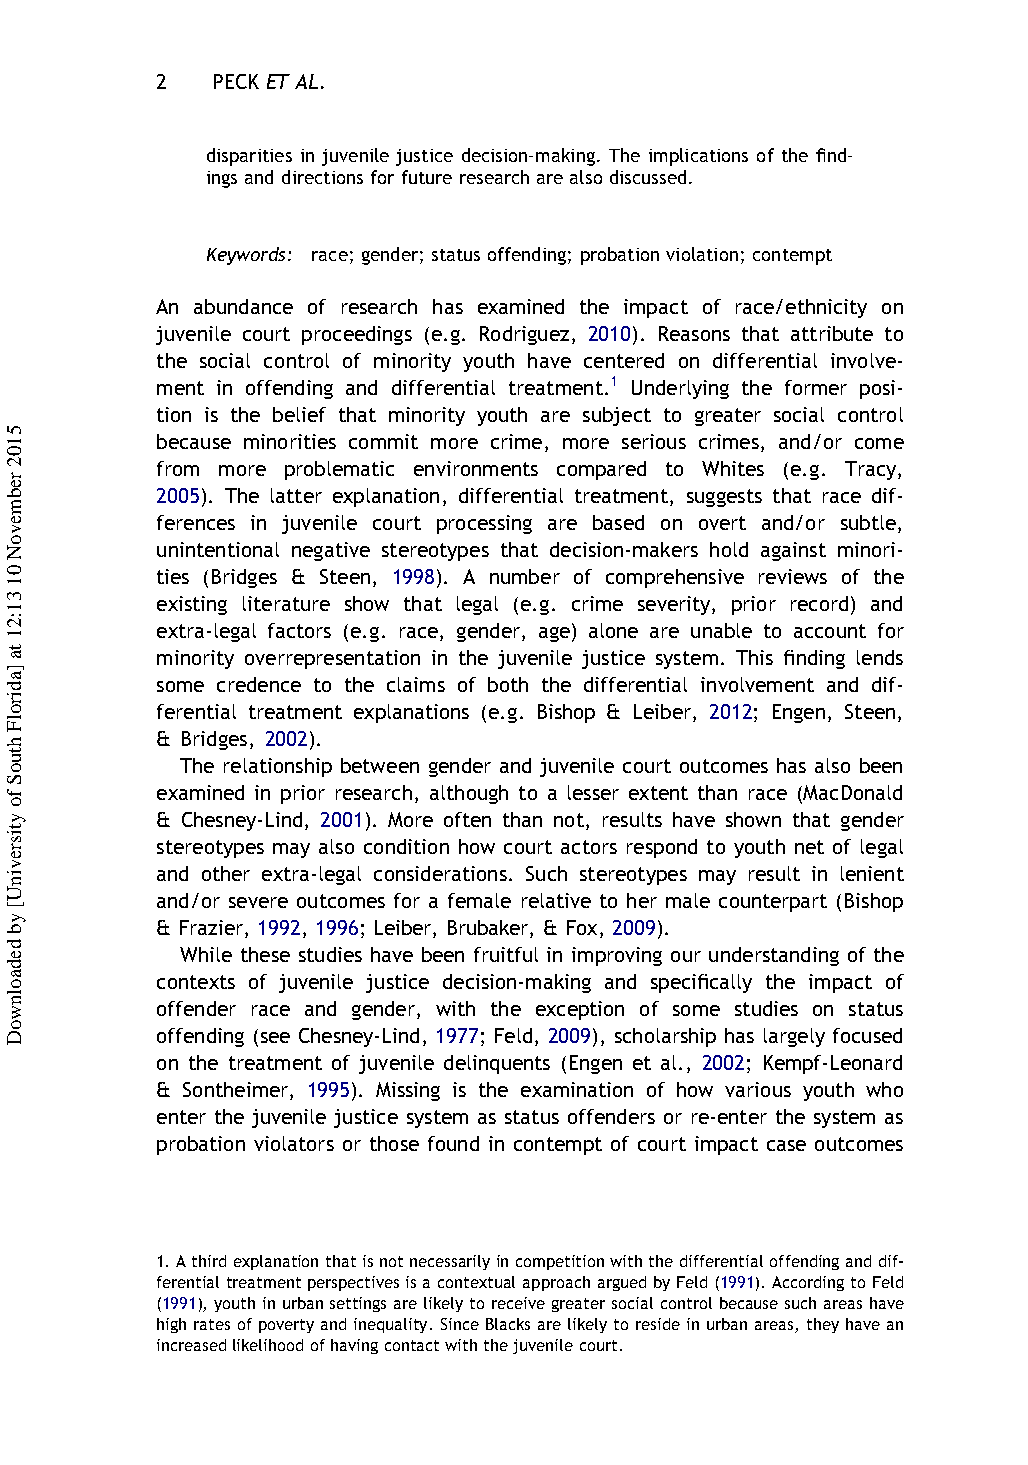
2   PECK ET AL.
 disparities in juvenile justice decision-making. The implications of the find-
 ings anddirectionsfor futureresearch arealso discussed.
 Keywords: race;gender; statusoffending; probationviolation; contempt
 An abundance of research has examined the impact of race/ethnicity on
 juvenile court proceedings (e.g. Rodriguez, 2010). Reasons that attribute to
 the social control of minority youth have centered on differential involve-
 ment in offending and differential treatment.1 Underlying the former posi-
 tion is the belief that minority youth are subject to greater social control
 because minorities commit more crime, more serious crimes, and/or come
 from more problematic environments compared to Whites (e.g. Tracy,
 2005). The latter explanation, differential treatment, suggests that race dif-
 ferences in juvenile court processing are based on overt and/or subtle,
 unintentional negative stereotypes that decision-makers hold against minori-
 ties (Bridges & Steen, 1998). A number of comprehensive reviews of the
 existing literature show that legal (e.g. crime severity, prior record) and
 extra-legal factors (e.g. race, gender, age) alone are unable to account for
 minority overrepresentation in the juvenile justice system. This finding lends
 some credence to the claims of both the differential involvement and dif-
 ferential treatment explanations (e.g. Bishop & Leiber, 2012; Engen, Steen,
 & Bridges, 2002).
 The relationship between gender and juvenile court outcomes has also been
 examined in prior research, although to a lesser extent than race (MacDonald
 & Chesney-Lind, 2001). More often than not, results have shown that gender
 stereotypes may also condition how court actors respond to youth net of legal
 and other extra-legal considerations. Such stereotypes may result in lenient
 and/or severe outcomes for a female relative to her male counterpart (Bishop
 & Frazier, 1992, 1996; Leiber, Brubaker, & Fox, 2009).
 While these studies have been fruitful in improving our understanding of the
 contexts of juvenile justice decision-making and specifically the impact of
 offender race and gender, with the exception of some studies on status
 offending (see Chesney-Lind, 1977; Feld, 2009), scholarship has largely focused
 on the treatment of juvenile delinquents (Engen et al., 2002; Kempf-Leonard
 & Sontheimer, 1995). Missing is the examination of how various youth who
 enter the juvenile justice system as status offenders or re-enter the system as
 probation violators or those found in contempt of court impact case outcomes
 1.Athirdexplanationthatisnotnecessarilyincompetitionwiththedifferentialoffendinganddif-
 ferentialtreatmentperspectivesisacontextualapproacharguedbyFeld(1991).AccordingtoFeld
 (1991),youthinurbansettingsarelikelytoreceivegreatersocialcontrolbecausesuchareashave
 highrates ofpoverty andinequality. SinceBlacksarelikelytoresidein urbanareas,theyhave an
 increasedlikelihoodofhavingcontactwiththejuvenilecourt.
 5102
 rebmevoN
 01
 31:21
 ta
 ]adirolF
 htuoS
 fo
 ytisrevinU[
 yb
 dedaolnwoD